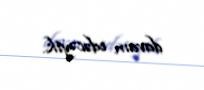
davam edəcəyik.